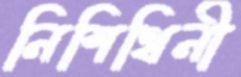
নিশিথিনী